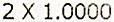
2 X 1.0000